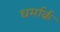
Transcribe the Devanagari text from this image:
धर्मार्क